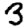
Digit: 3